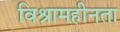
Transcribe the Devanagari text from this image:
विश्रामहीनता